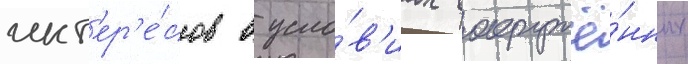
инт'ер'е́сов в усло́в'иах вооружё́нных